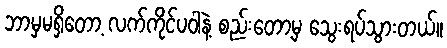
ဘာမှမရှိတော့ လက်ကိုင်ပဝါနဲ့ စည်းတော့မှ သွေးရပ်သွားတယ်။